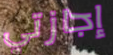
إجازتي